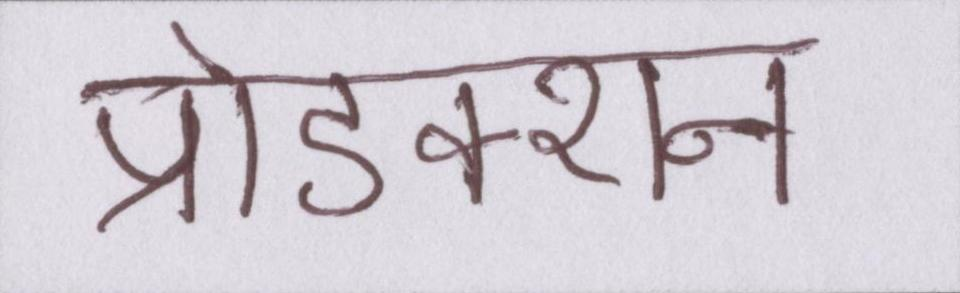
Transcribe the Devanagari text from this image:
प्रोडक्शन